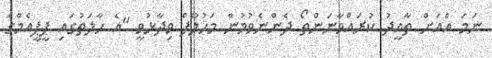
ނަމަ އެއަށް ތާއީދު ކުރައްވާނަންތޯ ދެންނެވުމުން މަހުލޫފް ވިދާޅުވީ "އެ ހާލަތުގައި ޕީޕީއެމްގެ